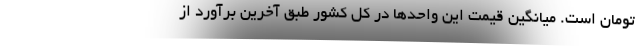
تومان است. میانگین قیمت این واحدها در کل کشور طبق آخرین برآورد از